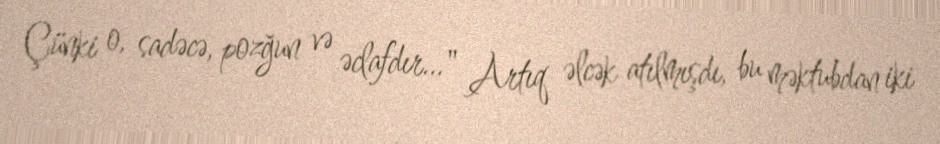
Çünki o, sadəcə, pozğun və əclafdır…" Artıq əlcək atılmışdı, bu məktubdan iki